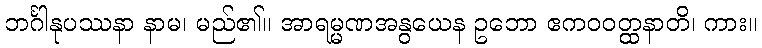
ဘင်္ဂါနုပဿနာ နာမ၊ မည်၏။ အာရမ္မဏအနွယေန ဥဘော ဧကဝဝတ္ထနာတိ၊ ကား။